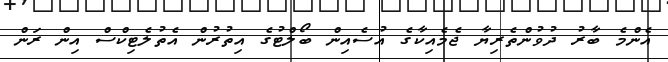
އެންމެ ބާރު ދުވުންތެރިޔާ ޖެމެއިކާގެ އުސެއިން ބޯލްޓުގެ އިތުރުން އެތުލެޓިކްސް އިން ރަން